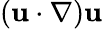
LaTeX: ({\mathbf u}\cdot\nabla){\mathbf u}